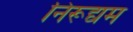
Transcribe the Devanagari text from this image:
निरूद्यम